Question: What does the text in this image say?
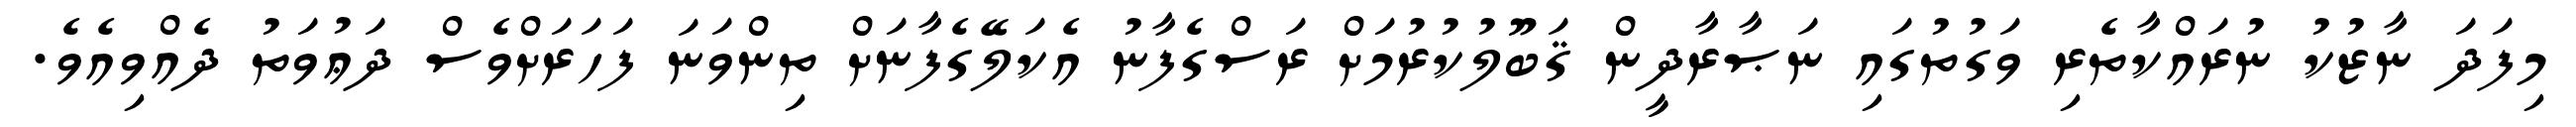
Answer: މިފަދަ ނާޒުކު ނުރައްކާތެރި ވަގުތުގައި ނަޞާރާދީން ޤަބޫލުކުރުމަށް ރަސްގެފާނު އެކަލޭގެފާނަށް ތިންވަނަ ފަހަރަށްވެސް ދަޢުވަތު ދެއްވިއެވެ.